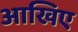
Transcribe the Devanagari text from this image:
आखिए